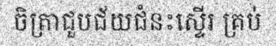
ចិត្រាជួបជ័យជំនះស្ទើរ គ្រប់